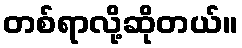
တစ်ရာလို့ဆိုတယ်။